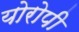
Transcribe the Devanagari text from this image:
योरोपी